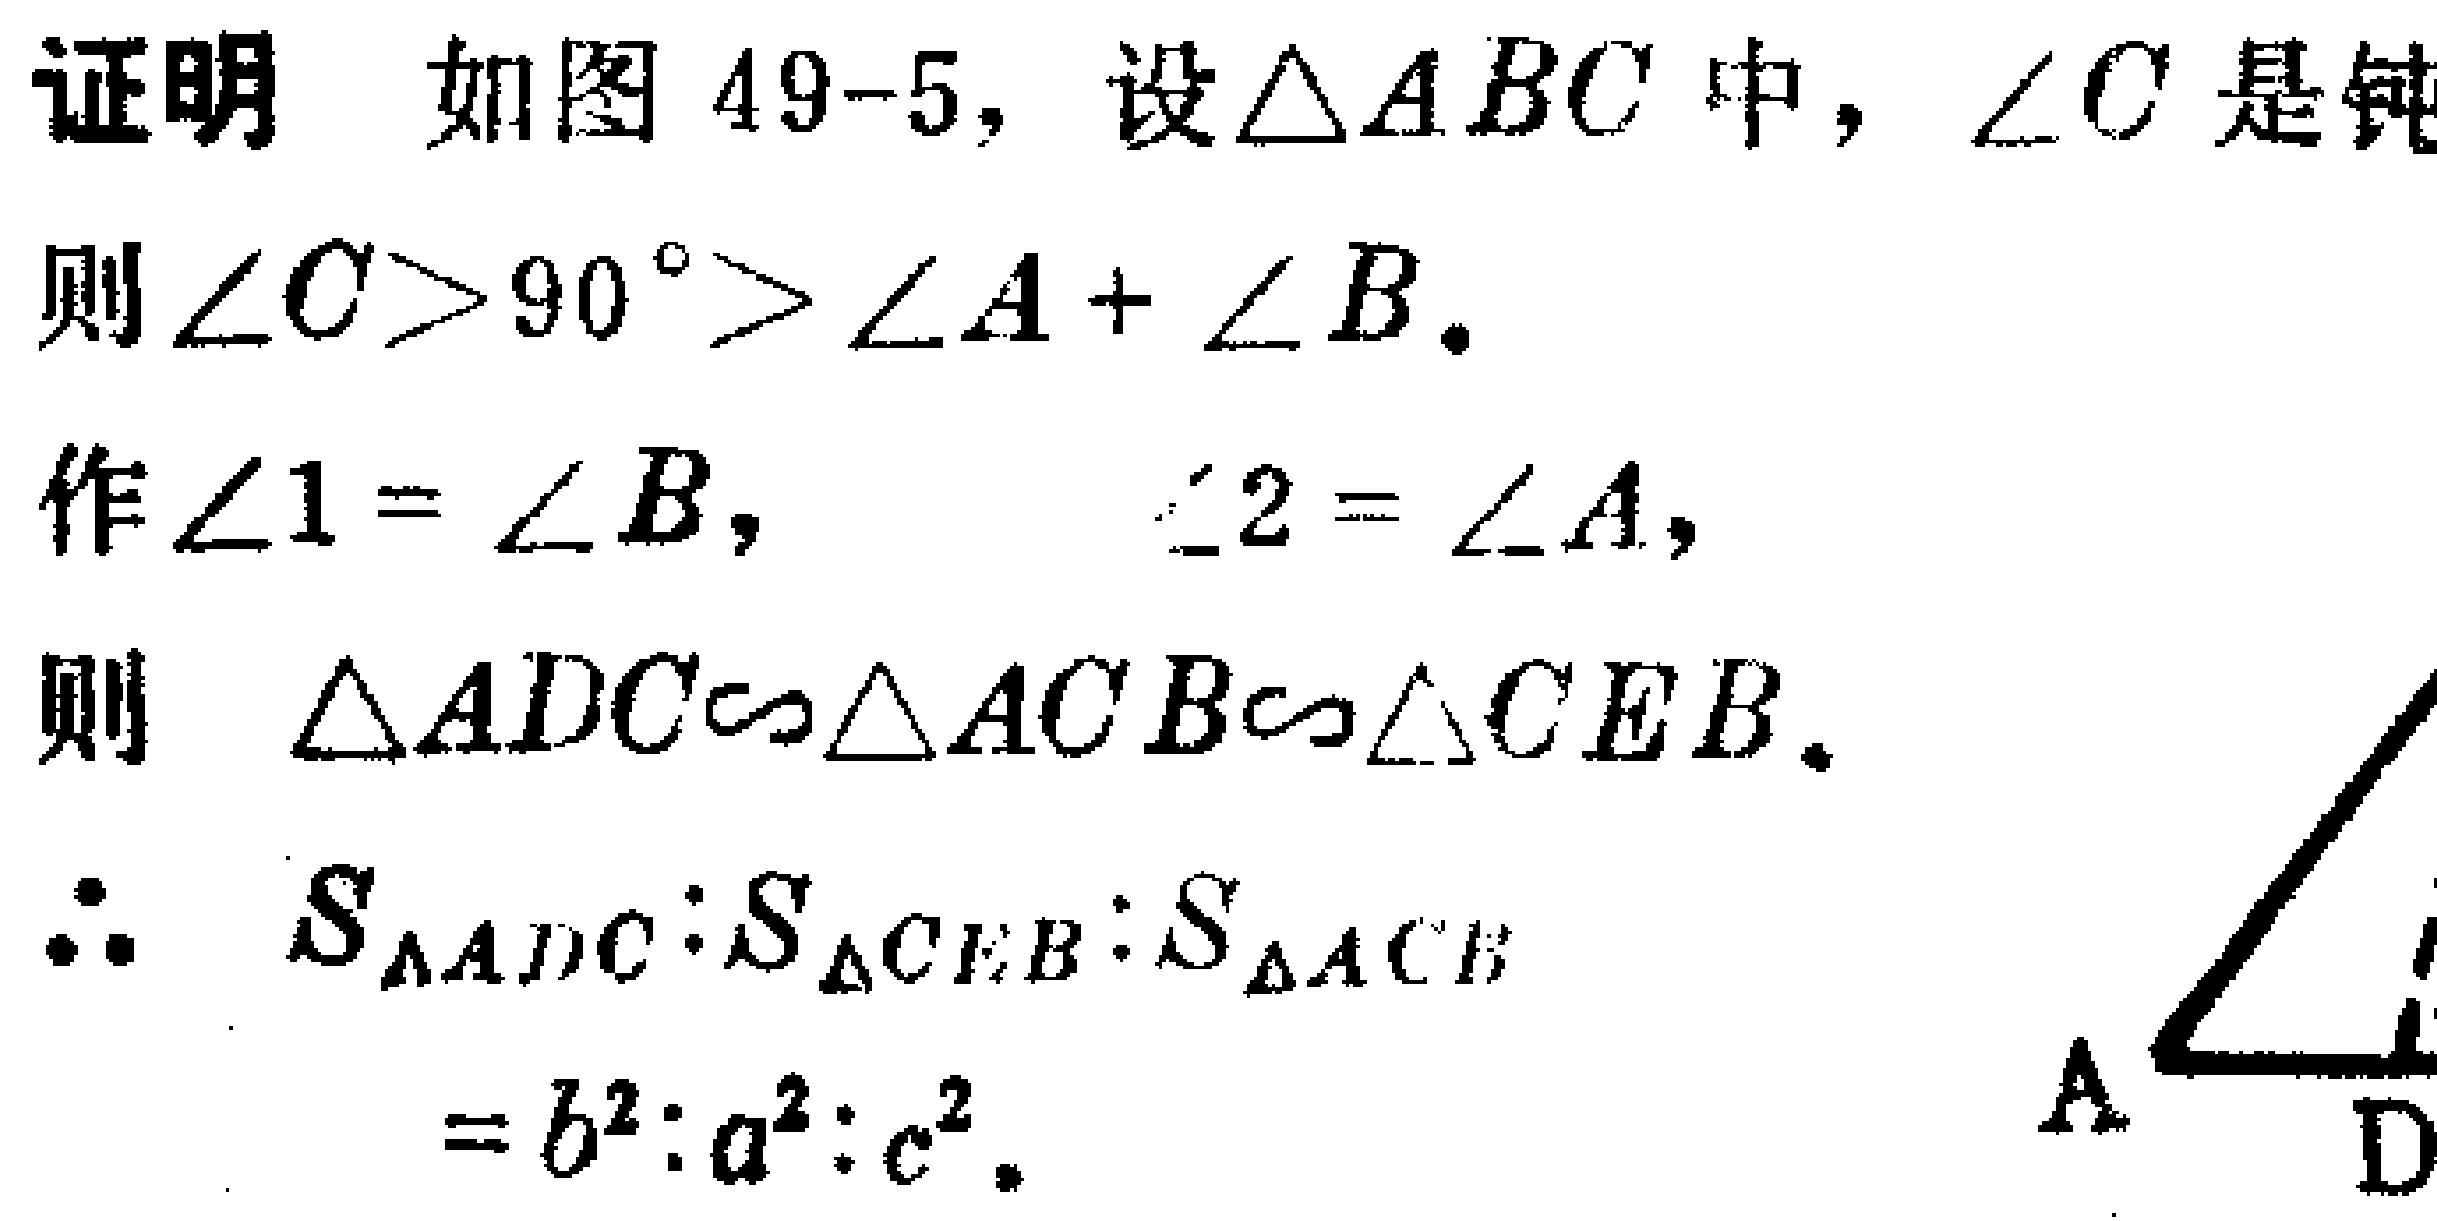
证明 如图49-5，设$\triangle ABC$中，$\angle C$是钝
则$\angle C > 90^{\circ}>\angle A+\angle B$.
作$\angle 1 = \angle B$， $\angle 2=\angle A$，
则 $\triangle ADC\sim\triangle ACB\sim\triangle CEB$.
$\therefore$ $S_{\triangle ADC}:S_{\triangle CEB}:S_{\triangle ACB}$
$=b^{2}:a^{2}:c^{2}$.